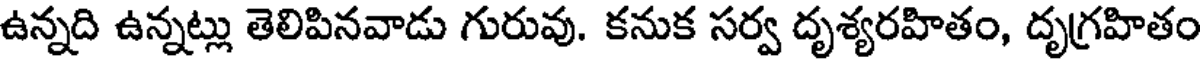
ఉన్నది ఉన్నట్లు తెలిపినవాడు గురువు. కనుక సర్వ దృశ్యరహితం, దృగ్రహితం